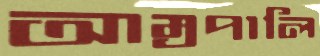
আম্রপালি